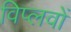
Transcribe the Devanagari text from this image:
विप्लवों